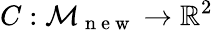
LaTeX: C:\mathcal{M}_{\mathrm{~n~e~w~}}\to\mathbb{R}^{2}